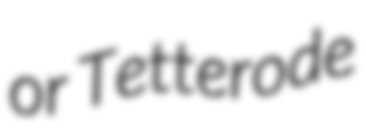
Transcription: or Tetterode